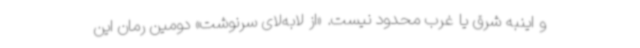
و اینبه شرق یا غرب محدود نیست. «از لابه‌لای سرنوشت» دومین رمان این